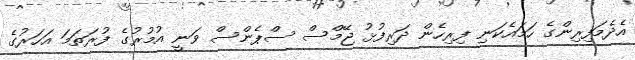
އެދެމަފިރިންގެ ހަމައެކަނި ފިރިހެން ދަރިފުޅު ޖޭމްސް ސްޕެންސް ވަނީ އުމުރުގެ ފުރަތަމަ އަހަރުގެ